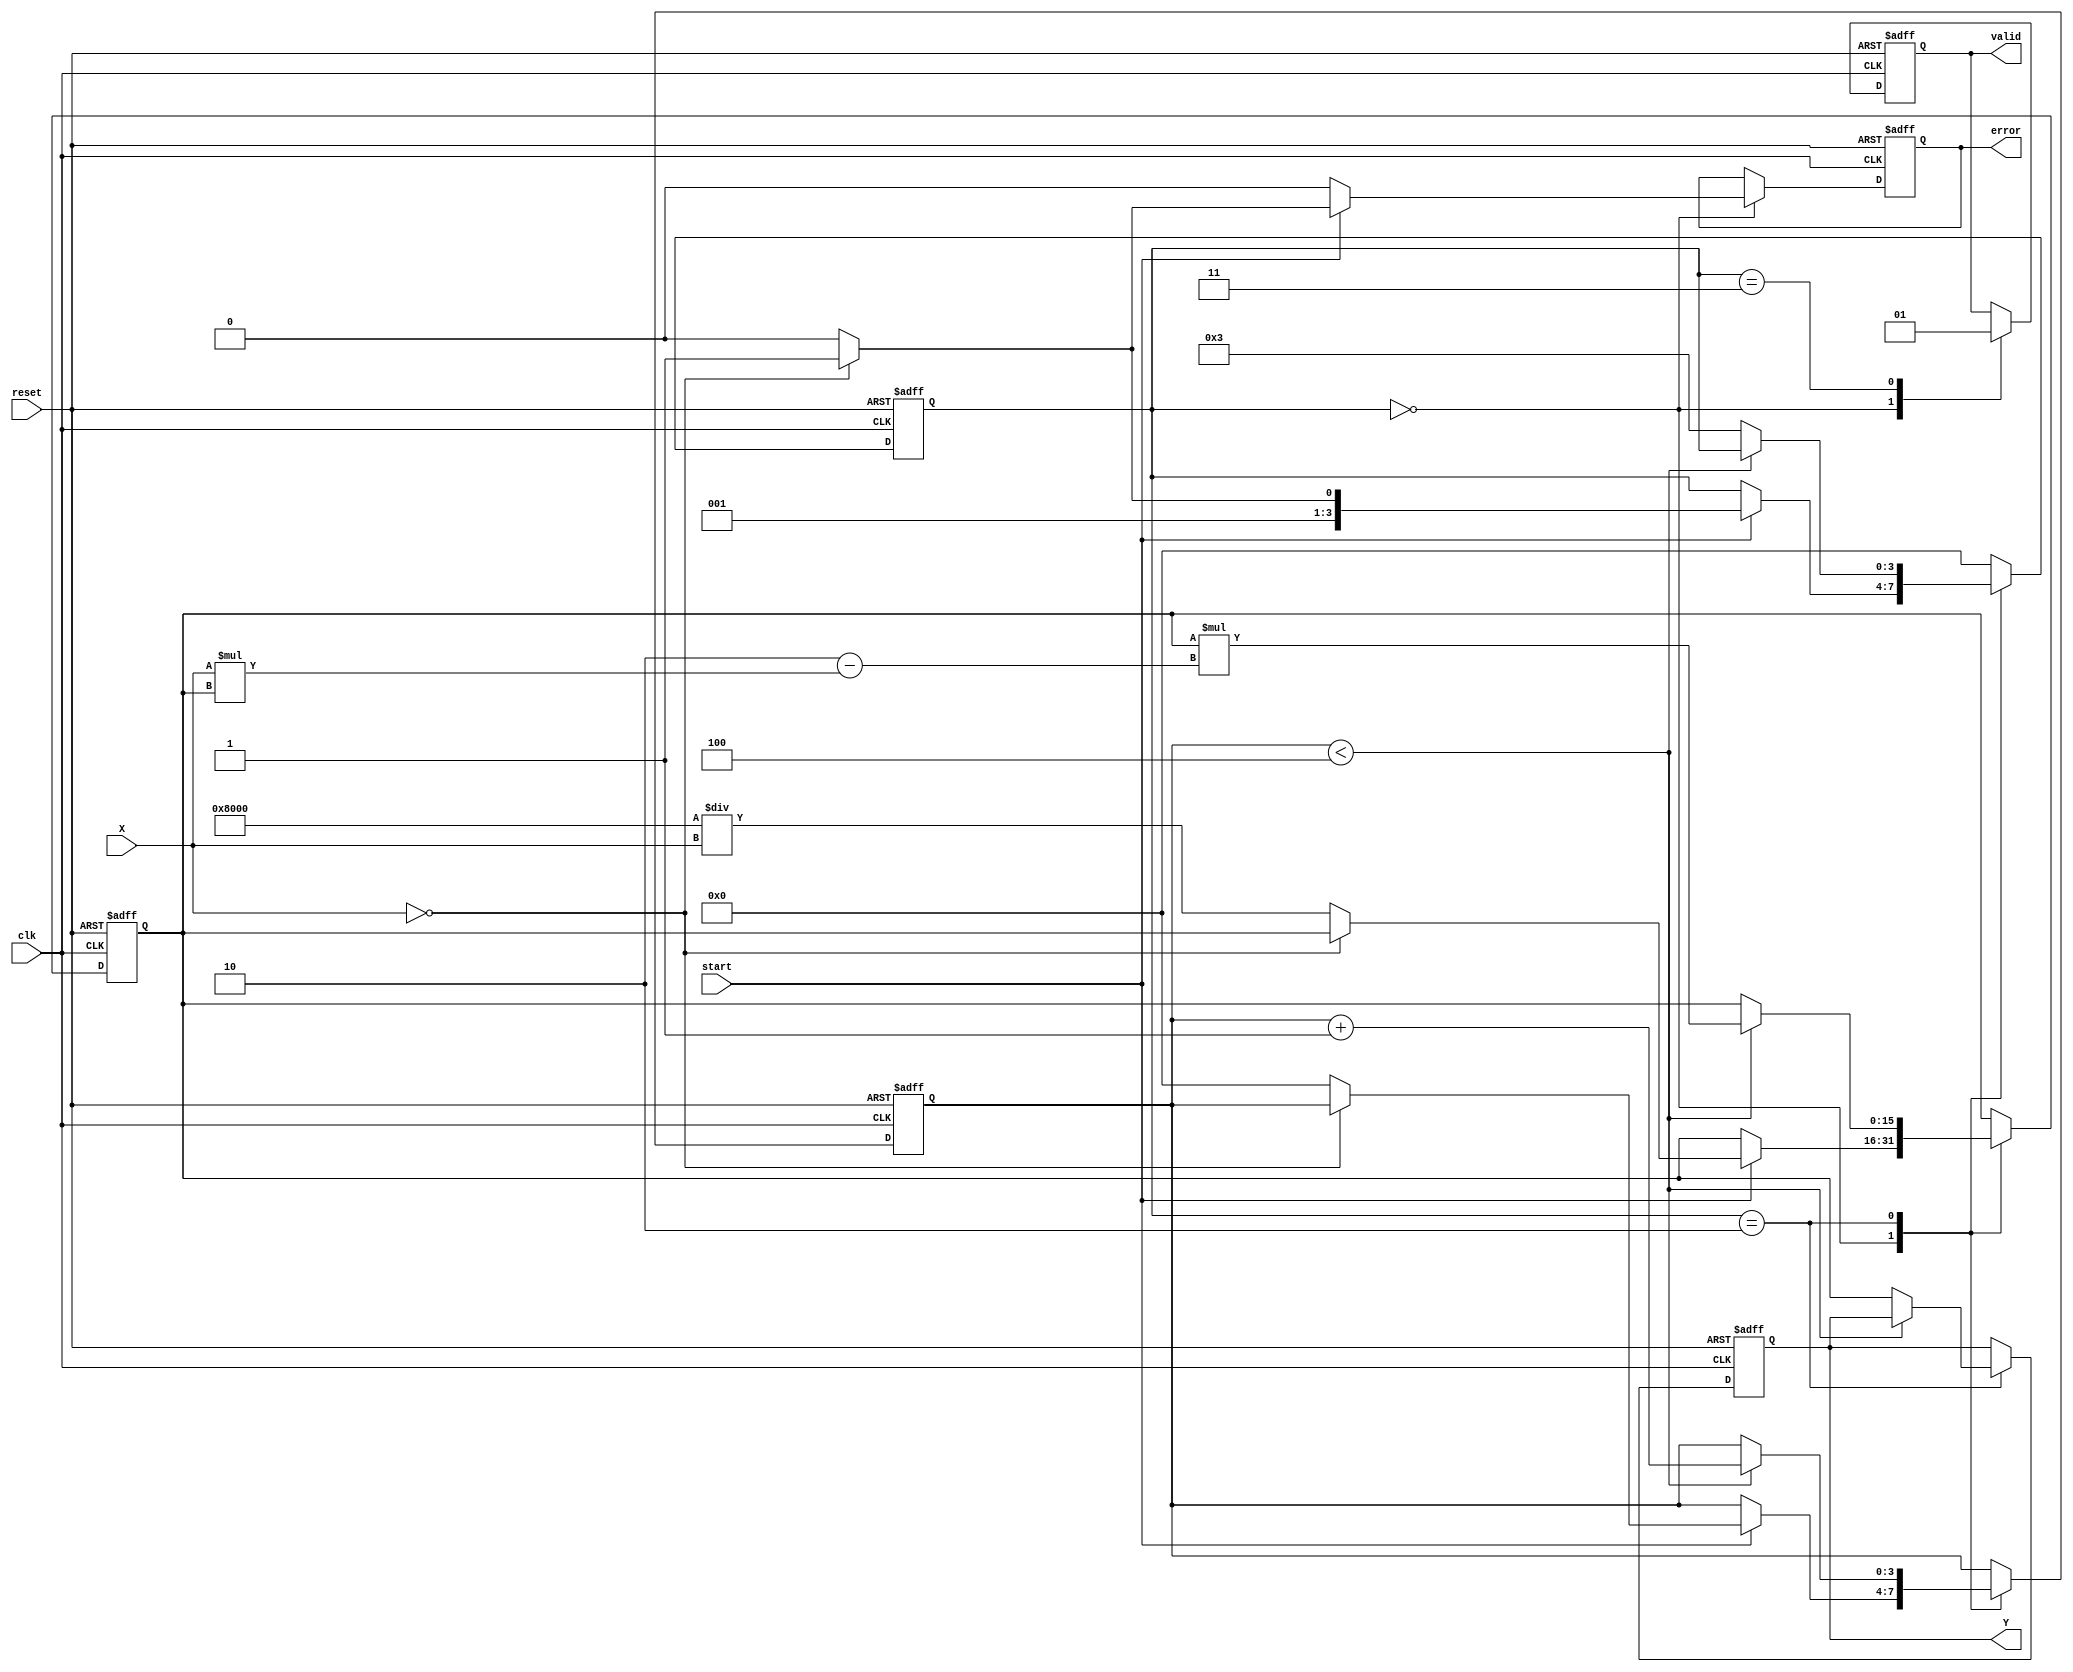
module DirectReciprocalUnit #(
    parameter WIDTH = 16, // Width of input and output data
    parameter ITERATIONS = 4 // Number of iterations for Newton-Raphson
)(
    input wire clk,
    input wire reset,
    input wire start,
    input wire [WIDTH-1:0] X, // Input data
    output reg [WIDTH-1:0] Y, // Reciprocal result
    output reg valid, // Output valid signal
    output reg error // Error flag
);

    reg [WIDTH-1:0] approx; // Current approximation of the reciprocal
    reg [3:0] state; // State variable for FSM
    reg [3:0] count; // Iteration counter

    // State encoding
    localparam IDLE = 4'b0000,
               CHECK = 4'b0001,
               CALC = 4'b0010,
               OUTPUT = 4'b0011;

    // State machine for controlling the operation
    always @(posedge clk or posedge reset) begin
        if (reset) begin
            state <= IDLE;
            Y <= 0;
            valid <= 0;
            error <= 0;
            approx <= 0;
            count <= 0;
        end else begin
            case (state)
                IDLE: begin
                    valid <= 0;
                    error <= 0;
                    if (start) begin
                        if (X == 0) begin
                            error <= 1; // Division by zero error
                            state <= OUTPUT;
                        end else begin
                            approx <= {1'b1, {WIDTH-1{1'b0}}} / X; // Initial approximation
                            count <= 0;
                            state <= CALC;
                        end
                    end
                end

                CALC: begin
                    if (count < ITERATIONS) begin
                        approx <= approx * (2 - X * approx); // Newton-Raphson iteration
                        count <= count + 1;
                    end else begin
                        Y <= approx; // Store the final result
                        state <= OUTPUT;
                    end
                end

                OUTPUT: begin
                    valid <= 1; // Assert valid signal
                    state <= IDLE; // Go back to IDLE state
                end

                default: state <= IDLE; // Default to IDLE state
            endcase
        end
    end

endmodule